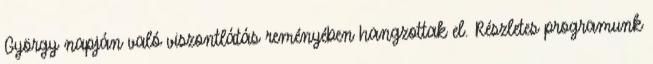
György napján való viszontlátás reményében hangzottak el. Részletes programunk